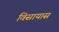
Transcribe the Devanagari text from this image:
विसायास